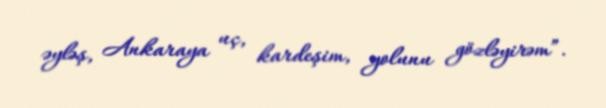
əyləş, Ankaraya uç, kardeşim, yolunu gözləyirəm”.